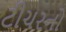
ટીચરનો